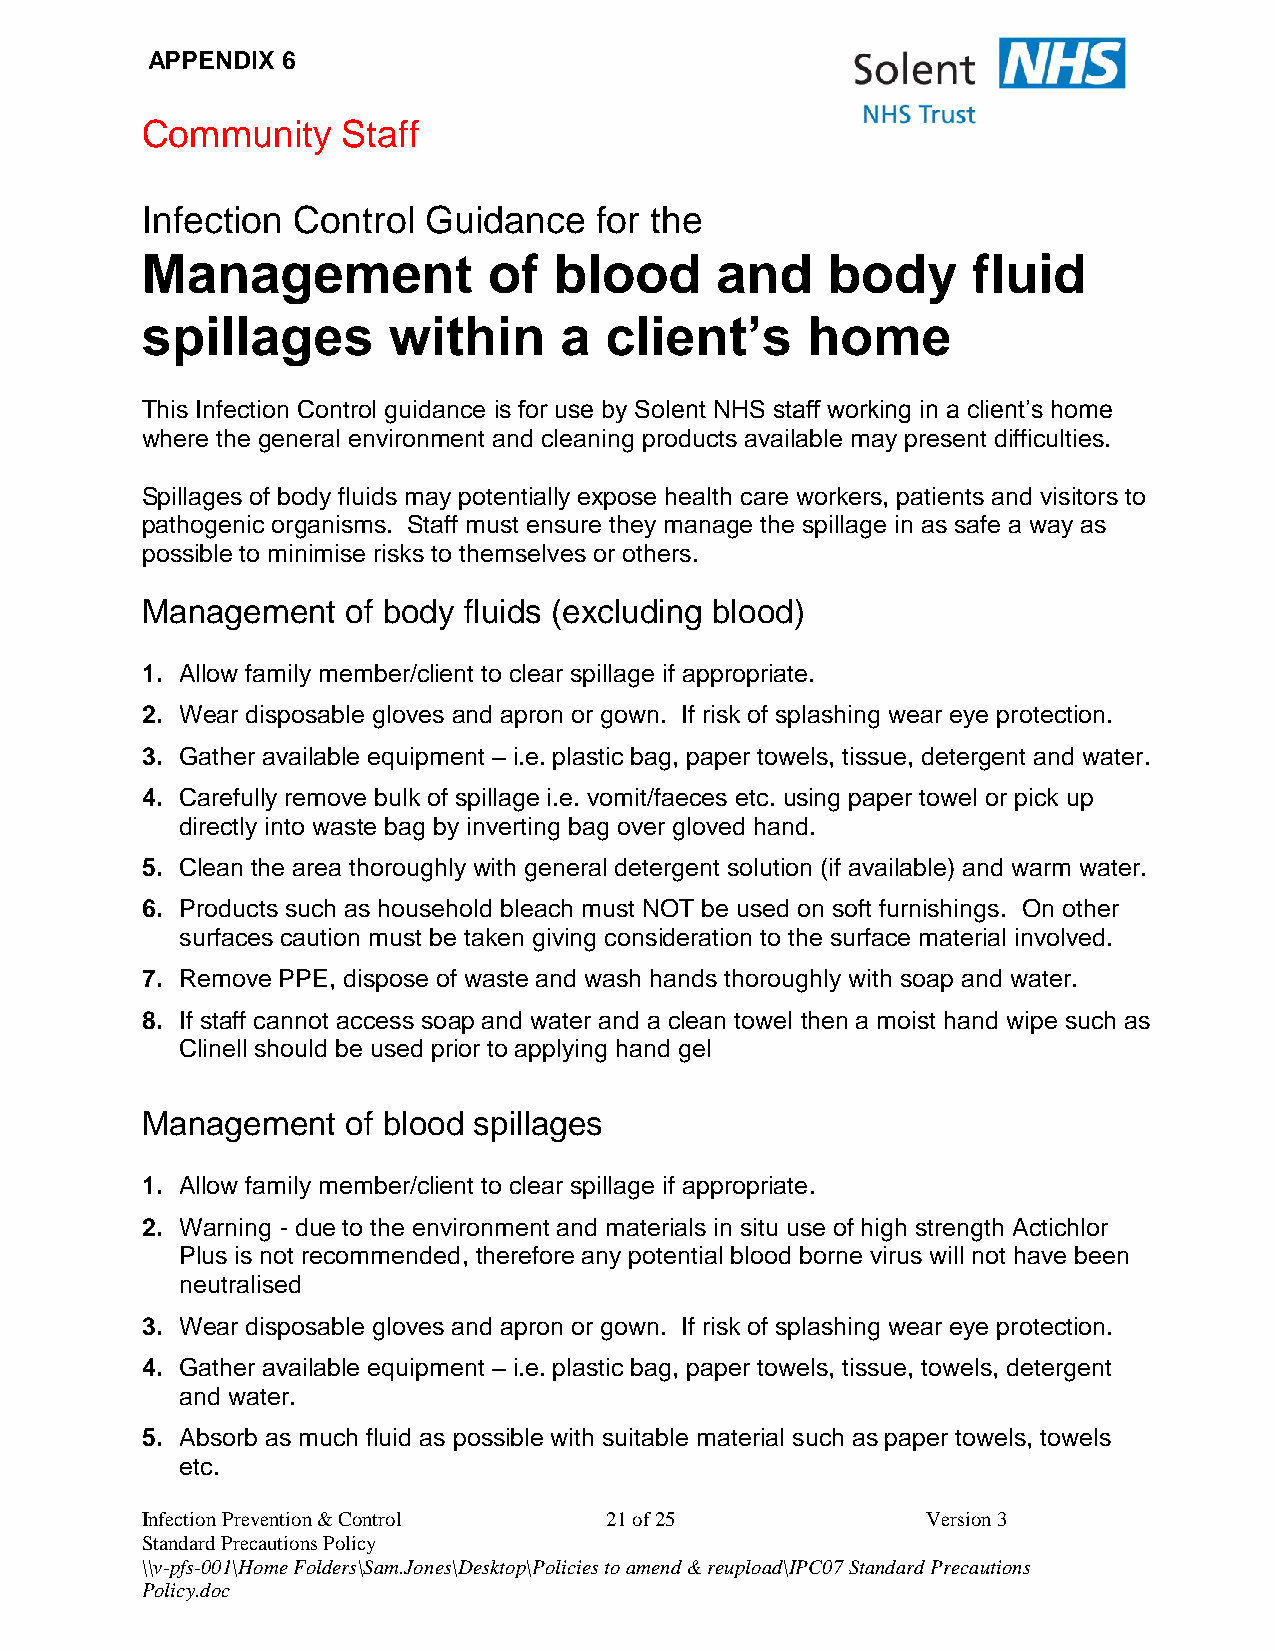
APPENDIX 6
 Community     Staff
 Infection Control  Guidance   for the
 Management             of   blood     and     body     fluid
 spillages        within     a  client’s     home
 This Infection Control guidance is for use by Solent NHS staff working in a client’s home
 where the general environment and cleaning products available may present difficulties.
 Spillages of body fluids may potentially expose health care workers, patients and visitors to
 pathogenic organisms. Staff must ensure they manage the spillage in as safe a way as
 possible to minimise risks to themselves or others.
 Management    of body fluids (excluding blood)
 1. Allow family member/client to clear spillage if appropriate.
 2. Wear disposable gloves and apron or gown. If risk of splashing wear eye protection.
 3. Gather available equipment – i.e. plastic bag, paper towels, tissue, detergent and water.
 4. Carefully remove bulk of spillage i.e. vomit/faeces etc. using paper towel or pick up
 directly into waste bag by inverting bag over gloved hand.
 5. Clean the area thoroughly with general detergent solution (if available) and warm water.
 6. Products such as household bleach must NOT be used on soft furnishings. On other
 surfaces caution must be taken giving consideration to the surface material involved.
 7. Remove PPE, dispose of waste and wash hands thoroughly with soap and water.
 8. If staff cannot access soap and water and a clean towel then a moist hand wipe such as
 Clinell should be used prior to applying hand gel
 Management    of blood spillages
 1. Allow family member/client to clear spillage if appropriate.
 2. Warning - due to the environment and materials in situ use of high strength Actichlor
 Plus is not recommended, therefore any potential blood borne virus will not have been
 neutralised
 3. Wear disposable gloves and apron or gown. If risk of splashing wear eye protection.
 4. Gather available equipment – i.e. plastic bag, paper towels, tissue, towels, detergent
 and water.
 5. Absorb as much fluid as possible with suitable material such as paper towels, towels
 etc.
 Infection Prevention & Control 21 of 25             Version 3
 Standard Precautions Policy
 \\v-pfs-001\Home Folders\Sam.Jones\Desktop\Policies to amend & reupload\IPC07 Standard Precautions
 Policy.doc